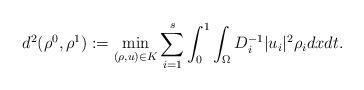
LaTeX: \begin{align*} d^2(\rho^0, \rho^1): =\min_{(\rho, u)\in K} \sum_{i=1}^s \int_0^1\int_{\Omega} D_i^{-1} |u_i|^2 \rho_idx dt. \end{align*}